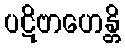
ပဋိဗာဟေန္တိ